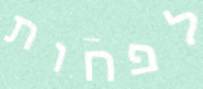
לפחות